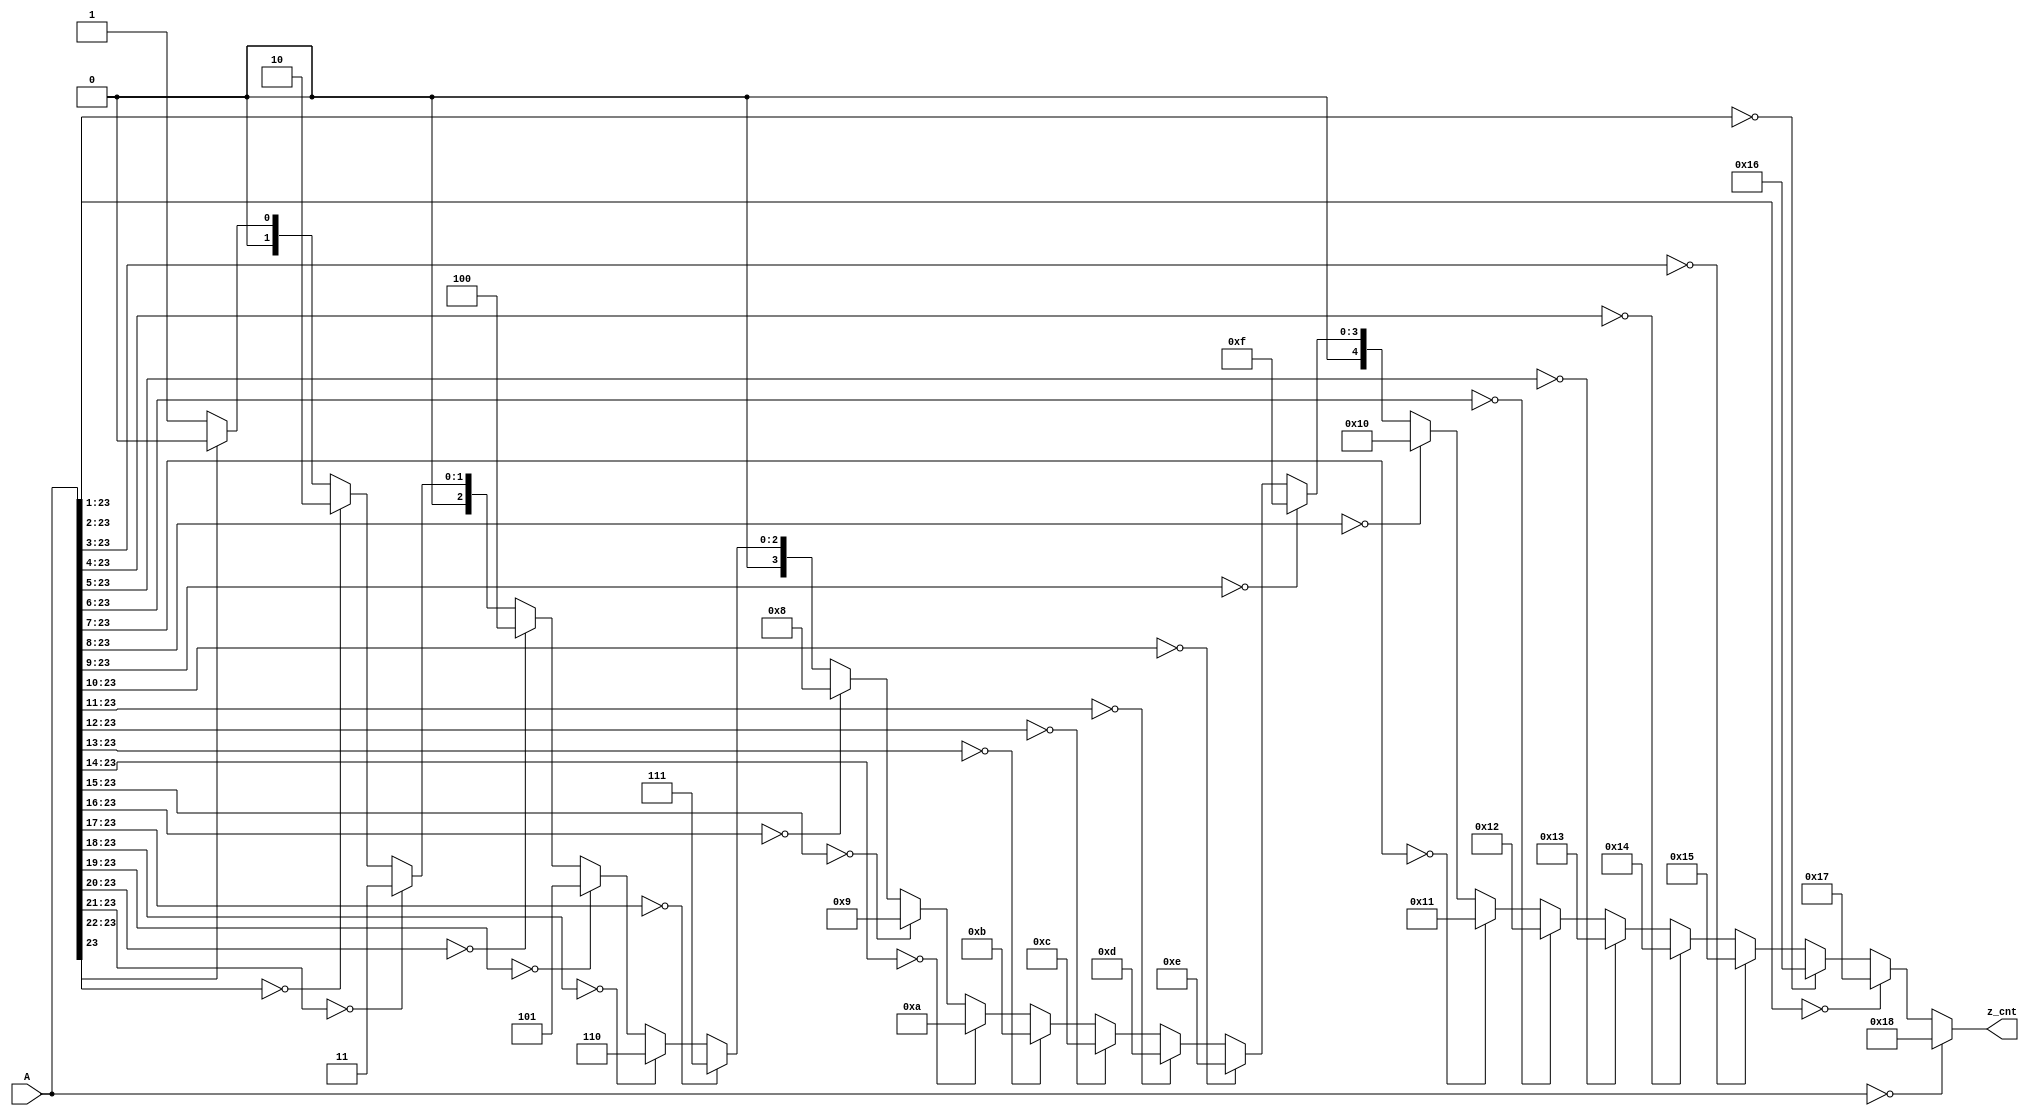
`timescale 1ns / 1ps

module leading_zero_count(
    input [23:0] A,
    output reg [4:0] z_cnt
    );
    
    wire [23:0] zero_vector;
    assign zero_vector = 24'b0;
    
    always@* begin
        if(A[23:0] == zero_vector[23:0])        z_cnt = 24;
        else if(A[23:1] == zero_vector[23:1])   z_cnt = 23;
        else if(A[23:2] == zero_vector[23:2])   z_cnt = 22;
        else if(A[23:3] == zero_vector[23:3])   z_cnt = 21;
        else if(A[23:4] == zero_vector[23:4])   z_cnt = 20;
        else if(A[23:5] == zero_vector[23:5])   z_cnt = 19;
        else if(A[23:6] == zero_vector[23:6])   z_cnt = 18;
        else if(A[23:7] == zero_vector[23:7])   z_cnt = 17;
        else if(A[23:8] == zero_vector[23:8])   z_cnt = 16;
        else if(A[23:9] == zero_vector[23:9])   z_cnt = 15;
        else if(A[23:10] == zero_vector[23:10]) z_cnt = 14;
        else if(A[23:11] == zero_vector[23:11]) z_cnt = 13;
        else if(A[23:12] == zero_vector[23:12]) z_cnt = 12;
        else if(A[23:13] == zero_vector[23:13]) z_cnt = 11;
        else if(A[23:14] == zero_vector[23:14]) z_cnt = 10;
        else if(A[23:15] == zero_vector[23:15]) z_cnt = 9;
        else if(A[23:16] == zero_vector[23:16]) z_cnt = 8;
        else if(A[23:17] == zero_vector[23:17]) z_cnt = 7;
        else if(A[23:18] == zero_vector[23:18]) z_cnt = 6;
        else if(A[23:19] == zero_vector[23:19]) z_cnt = 5;
        else if(A[23:20] == zero_vector[23:20]) z_cnt = 4;
        else if(A[23:21] == zero_vector[23:21]) z_cnt = 3;
        else if(A[23:22] == zero_vector[23:22]) z_cnt = 2;
        else if(A[23:23] == zero_vector[23:23]) z_cnt = 1;
        else z_cnt = 0;
    end
endmodule